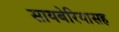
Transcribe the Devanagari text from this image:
सायबेरियासह